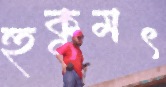
হুকুমৎ